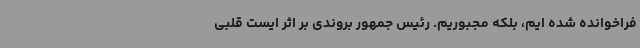
فراخوانده شده ایم، بلکه مجبوریم. رئیس جمهور بروندی بر اثر ایست قلبی